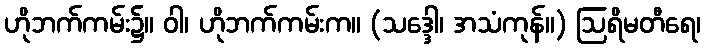
ဟိုဘက်ကမ်း၌။ ဝါ၊ ဟိုဘက်ကမ်းက။ (သဒ္ဒေါ၊ အသံကုန်။) ဩရိမတီရေ၊